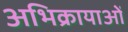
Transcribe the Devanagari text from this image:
अभिक्रायाओं